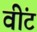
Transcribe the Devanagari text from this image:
वींट